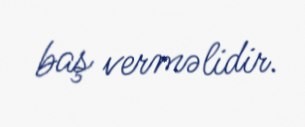
baş verməlidir.